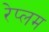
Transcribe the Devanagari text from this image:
रेप्लम